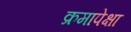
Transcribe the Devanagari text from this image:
क्रमापेक्षा